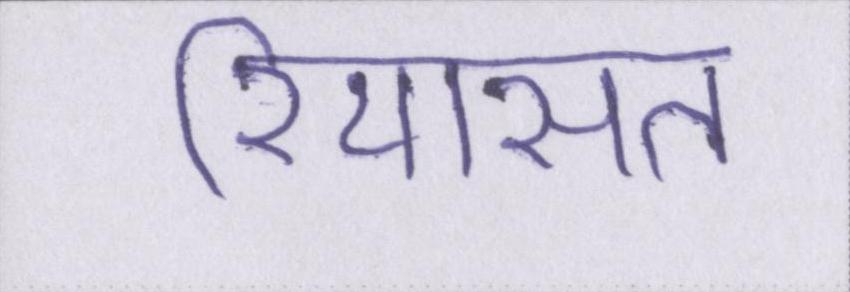
रियासत